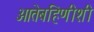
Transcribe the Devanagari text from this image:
आतेबहिणीशी